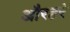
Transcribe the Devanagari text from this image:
औरहरे